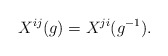
\begin{align*} X^{ij}(g)=X^{ji}(g^{-1}).\end{align*}